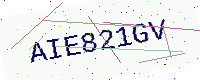
Text: AIE821GV